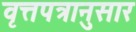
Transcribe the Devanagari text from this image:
वृत्तपत्रानुसार